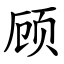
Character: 顾